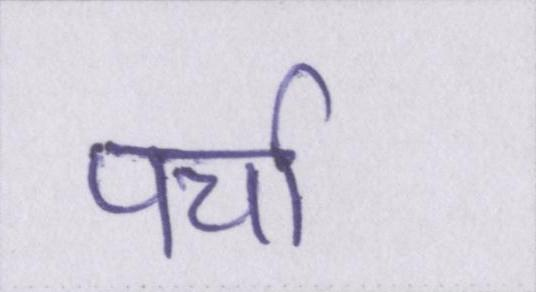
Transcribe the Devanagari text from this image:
पर्चा